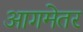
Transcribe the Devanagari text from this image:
आगमेतर